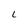
Character: L